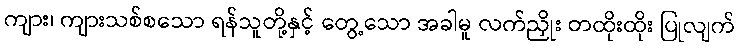
ကျား၊ ကျားသစ်စသော ရန်သူတို့နှင့် တွေ့သော အခါမူ လက်ညှိုး တထိုးထိုး ပြုလျက်